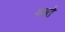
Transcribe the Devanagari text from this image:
मक्ते